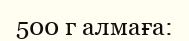
500 г алмаға: